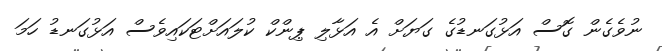
ނުވެގެން ގޮސް އަޅުގަނޑުގެ ގަޔަށް އެ އަޅާލި ޕިންކް ކުލައަށްޓަކައިވެސް އަޅުގަނޑު ހަމަ